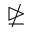
\ntrianglerighteq